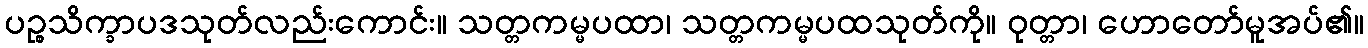
ပဉ္စသိက္ခာပဒသုတ်လည်းကောင်း။ သတ္တကမ္မပထာ၊ သတ္တကမ္မပထသုတ်ကို။ ဝုတ္တာ၊ ဟောတော်မူအပ်၏။